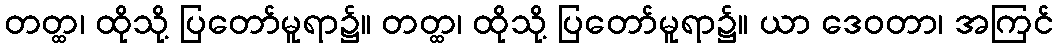
တတ္ထ၊ ထိုသို့ ပြတော်မူရာ၌။ တတ္ထ၊ ထိုသို့ ပြတော်မူရာ၌။ ယာ ဒေဝတာ၊ အကြင်